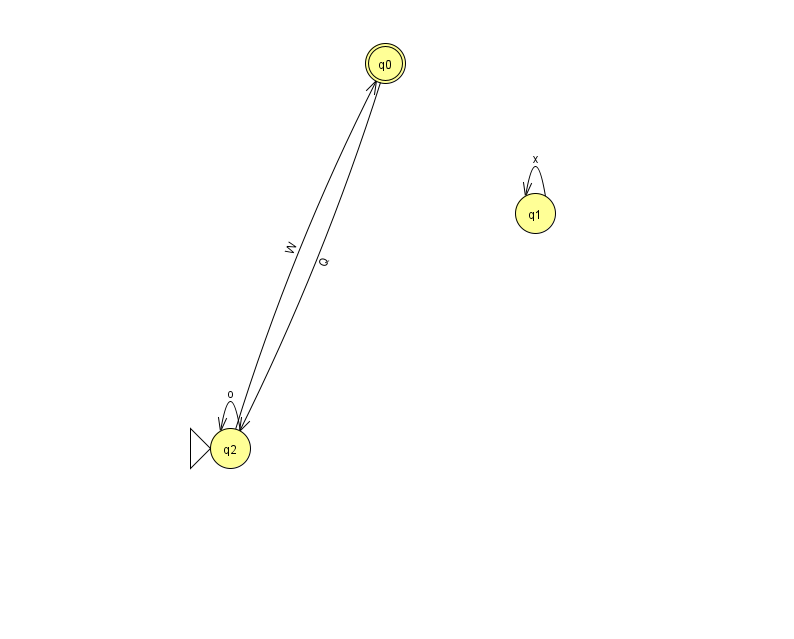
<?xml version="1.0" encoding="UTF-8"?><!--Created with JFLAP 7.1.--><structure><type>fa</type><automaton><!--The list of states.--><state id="0" name="q0"><x>385.0</x><y>50.0</y><final/></state><state id="1" name="q1"><x>535.0</x><y>200.0</y></state><state id="2" name="q2"><x>230.0</x><y>435.0</y><initial/></state><!--The list of transitions.--><transition><from>1</from><to>1</to><read>x</read></transition><transition><from>2</from><to>0</to><read>W</read></transition><transition><from>0</from><to>2</to><read>Q</read></transition><transition><from>2</from><to>2</to><read>o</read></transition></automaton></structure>